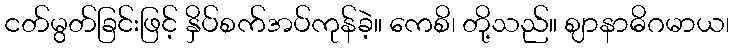
ငတ်မွတ်ခြင်းဖြင့် နှိပ်စက်အပ်ကုန်ခဲ့။ ကေစိ၊ တို့သည်။ ဈာနာဓိဂမာယ၊